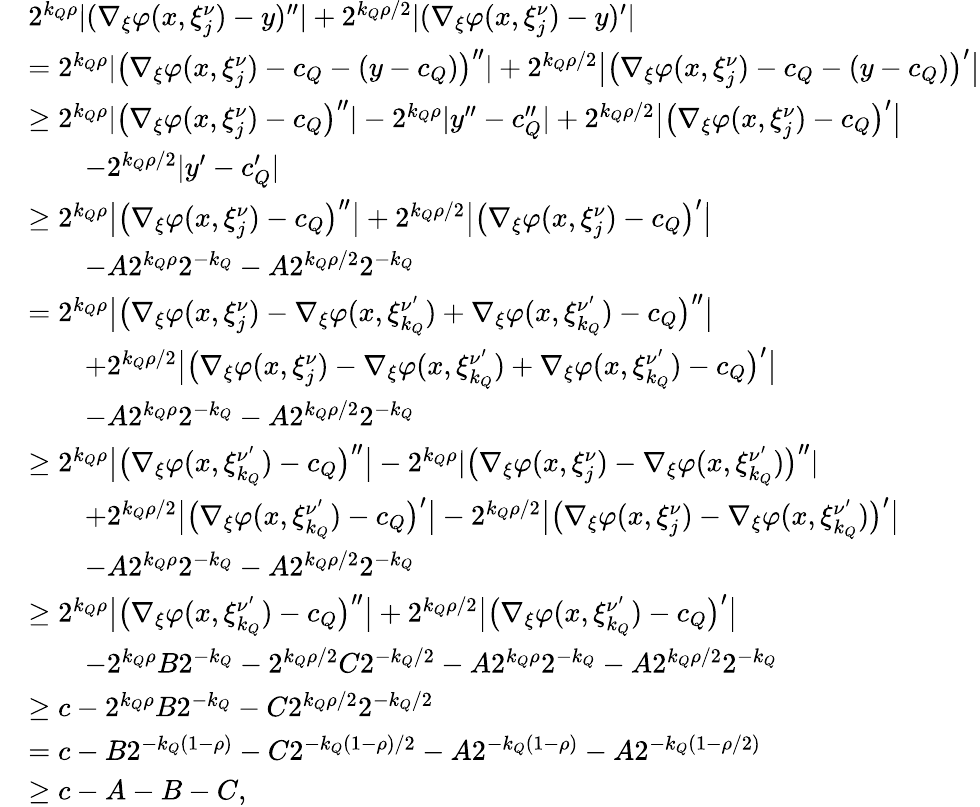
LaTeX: \begin{array}{rl}&{2^{{k_{Q}}\rho}|(\nabla_{\xi}\varphi(x,\xi_{j}^{\nu})-y)^{\prime\prime}|+2^{{k_{Q}}\rho/2}|(\nabla_{\xi}\varphi(x,\xi_{j}^{\nu})-y)^{\prime}|}\\ &{=2^{{k_{Q}}\rho}|\big(\nabla_{\xi}\varphi(x,\xi_{j}^{\nu})-c_{Q}-(y-c_{Q})\big)^{\prime\prime}|+2^{{k_{Q}}\rho/2}\big|\big(\nabla_{\xi}\varphi(x,\xi_{j}^{\nu})-c_{Q}-(y-c_{Q})\big)^{\prime}\big|}\\ &{\geq 2^{{k_{Q}}\rho}|\big(\nabla_{\xi}\varphi(x,\xi_{j}^{\nu})-c_{Q}\big)^{\prime\prime}|-2^{{k_{Q}}\rho}|y^{\prime\prime}-c_{Q}^{\prime\prime}|+2^{{k_{Q}}\rho/2}\big|\big(\nabla_{\xi}\varphi(x,\xi_{j}^{\nu})-c_{Q}\big)^{\prime}\big|}\\ &{\qquad-2^{{k_{Q}}\rho/2}|y^{\prime}-c_{Q}^{\prime}|}\\ &{\geq 2^{{k_{Q}}\rho}\big|\big(\nabla_{\xi}\varphi(x,\xi_{j}^{\nu})-c_{Q}\big)^{\prime\prime}\big|+2^{{k_{Q}}\rho/2}\big|\big(\nabla_{\xi}\varphi(x,\xi_{j}^{\nu})-c_{Q}\big)^{\prime}\big|}\\ &{\qquad-A2^{{k_{Q}}\rho}2^{-k_{Q}}-A2^{{k_{Q}}\rho/2}2^{-k_{Q}}}\\ &{=2^{{k_{Q}}\rho}\big|\big(\nabla_{\xi}\varphi(x,\xi_{j}^{\nu})-\nabla_{\xi}\varphi(x,\xi_{k_{Q}}^{\nu^{\prime}})+\nabla_{\xi}\varphi(x,\xi_{k_{Q}}^{\nu^{\prime}})-c_{Q}\big)^{\prime\prime}\big|}\\ &{\qquad+2^{{k_{Q}}\rho/2}\big|\big(\nabla_{\xi}\varphi(x,\xi_{j}^{\nu})-\nabla_{\xi}\varphi(x,\xi_{k_{Q}}^{\nu^{\prime}})+\nabla_{\xi}\varphi(x,\xi_{k_{Q}}^{\nu^{\prime}})-c_{Q}\big)^{\prime}\big|}\\ &{\qquad-A2^{{k_{Q}}\rho}2^{-k_{Q}}-A2^{{k_{Q}}\rho/2}2^{-k_{Q}}}\\ &{\geq 2^{{k_{Q}}\rho}\big|\big(\nabla_{\xi}\varphi(x,\xi_{k_{Q}}^{\nu^{\prime}})-c_{Q}\big)^{\prime\prime}\big|-2^{{k_{Q}}\rho}|\big(\nabla_{\xi}\varphi(x,\xi_{j}^{\nu})-\nabla_{\xi}\varphi(x,\xi_{k_{Q}}^{\nu^{\prime}})\big)^{\prime\prime}|}\\ &{\qquad+2^{{k_{Q}}\rho/2}\big|\big(\nabla_{\xi}\varphi(x,\xi_{k_{Q}}^{\nu^{\prime}})-c_{Q}\big)^{\prime}\big|-2^{{k_{Q}}\rho/2}\big|\big(\nabla_{\xi}\varphi(x,\xi_{j}^{\nu})-\nabla_{\xi}\varphi(x,\xi_{k_{Q}}^{\nu^{\prime}})\big)^{\prime}\big|}\\ &{\qquad-A2^{{k_{Q}}\rho}2^{-k_{Q}}-A2^{{k_{Q}}\rho/2}2^{-k_{Q}}}\\ &{\geq 2^{{k_{Q}}\rho}\big|\big(\nabla_{\xi}\varphi(x,\xi_{k_{Q}}^{\nu^{\prime}})-c_{Q}\big)^{\prime\prime}\big|+2^{{k_{Q}}\rho/2}\big|\big(\nabla_{\xi}\varphi(x,\xi_{k_{Q}}^{\nu^{\prime}})-c_{Q}\big)^{\prime}\big|}\\ &{\qquad-2^{{k_{Q}}\rho}B2^{-{k_{Q}}}-2^{{k_{Q}}\rho/2}C2^{-{k_{Q}}/2}-A2^{{k_{Q}}\rho}2^{-k_{Q}}-A2^{{k_{Q}}\rho/2}2^{-k_{Q}}}\\ &{\geq c-2^{{k_{Q}}\rho}B2^{-{k_{Q}}}-C2^{{k_{Q}}\rho/2}2^{-{k_{Q}}/2}}\\ &{=c-B2^{-{k_{Q}}(1-\rho)}-C2^{-{k_{Q}}(1-\rho)/2}-A2^{-{k_{Q}}(1-\rho)}-A2^{-{k_{Q}}(1-\rho/2)}}\\ &{\geq c-A-B-C,}\end{array}